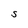
Character: S